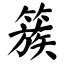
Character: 簇